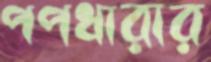
পপধারার